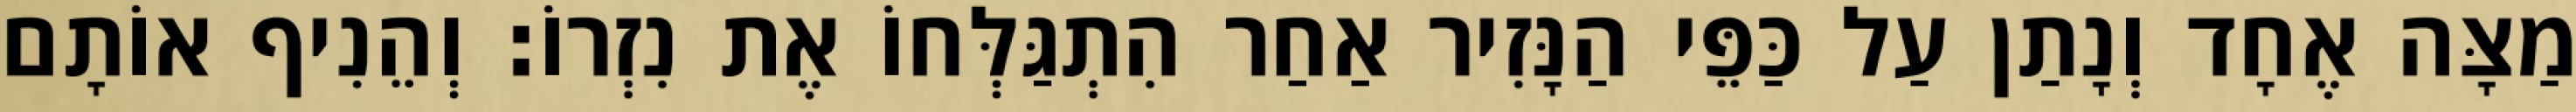
מַצָּה אֶחָד וְנָתַן עַל כַּפֵּי הַנָּזִיר אַחַר הִתְגַּלְּחוֹ אֶת נִזְרוֹ׃ וְהֵנִיף אוֹתָם